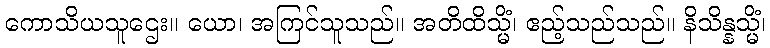
ကောသိယသူဌေး။ ယော၊ အကြင်သူသည်။ အတိထိသ္မိံ၊ ဧည့်သည်သည်။ နိသိန္နသ္မိံ၊